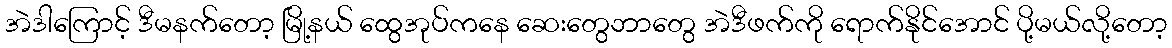
အဲဒါကြောင့် ဒီမနက်တော့ မြို့နယ် ထွေအုပ်ကနေ ဆေးတွေဘာတွေ အဲဒီဖက်ကို ရောက်နိုင်အောင် ပို့မယ်လို့တော့